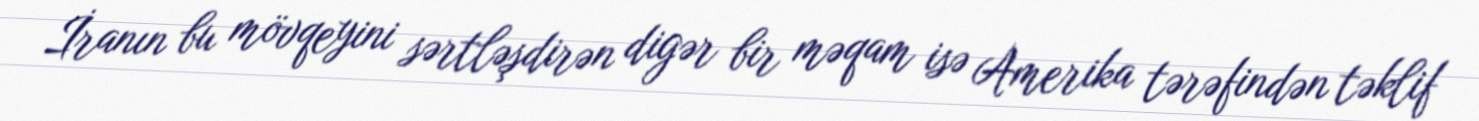
İranın bu mövqeyini sərtləşdirən digər bir məqam isə Amerika tərəfindən təklif